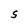
Character: S